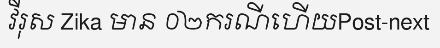
វីរុស Zika មាន ០២ករណីហើយPost-next